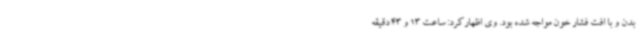
بدن و با افت فشار خون مواجه شده بود. وی اظهارکرد: ساعت 13 و 43 دقیقه